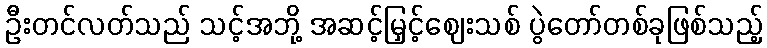
ဦးတင်လတ်သည် သင့်အဘို့ အဆင့်မြှင့်ဈေးသစ် ပွဲတော်တစ်ခုဖြစ်သည့်